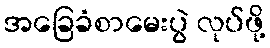
အခြေခံစာမေးပွဲ လုပ်ဖို့